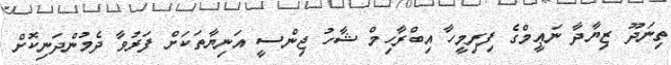
ތިނަދޫ ޒިޔާދާ ނަޢީމްގެ ފިރިމީހާ އިބްރާހިމް ޝާހު ޖިންސީ އަނިޔާތަކަށް ފަރުވާ ދެމުންދަނިކޮށް